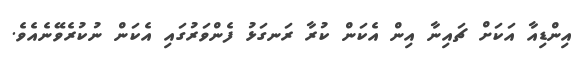
އިންޑިއާ އަކަށް ޗައިނާ އިން އެކަން ކުރާ ރަނގަޅު ފެންވަރުގައި އެކަން ނުކުރެވޭނެއެވެ.